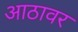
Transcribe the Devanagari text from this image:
आठावर